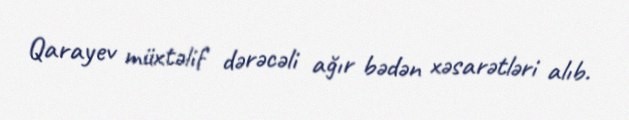
Qarayev müxtəlif dərəcəli ağır bədən xəsarətləri alıb.